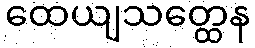
ထေယျသတ္ထေန